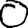
Digit: 0